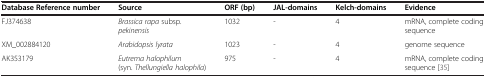
<table><thead><tr><td><b>Database Reference number</b></td><td><b>Source</b></td><td><b>ORF (bp)</b></td><td><b>JAL-domains</b></td><td><b>Kelch-domains</b></td><td><b>Evidence</b></td></tr></thead><tbody><tr><td>FJ374638</td><td><i>Brassica rapa </i>subsp. <i>pekinensis</i></td><td>1032</td><td>-</td><td>4</td><td>mRNA, complete coding sequence</td></tr><tr><td>XM_002884120</td><td><i>Arabidopsis lyrata</i></td><td>1023</td><td>-</td><td>4</td><td>genome sequence</td></tr><tr><td>AK353179</td><td><i>Eutrema halophilum </i>(syn. <i>Thellungiella halophila</i>)</td><td>975</td><td>-</td><td>4</td><td>mRNA, complete coding sequence[35]</td></tr></tbody></table>